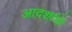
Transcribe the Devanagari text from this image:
आदर्शाचे